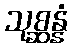
သုစ္ဆန္နံ